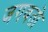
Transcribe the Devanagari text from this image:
जगवतो